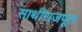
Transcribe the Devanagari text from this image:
साथीराजपूत